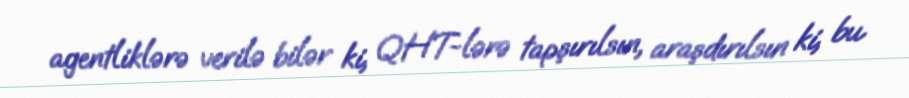
agentliklərə verilə bilər ki, QHT-lərə tapşırılsın, araşdırılsın ki, bu